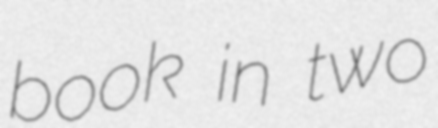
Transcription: book in two